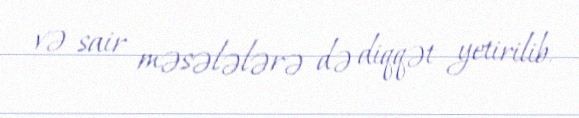
və sair məsələlərə də diqqət yetirilib.